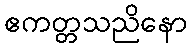
ဧကတ္တသညိနော